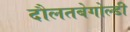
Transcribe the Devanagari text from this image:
दौलतबेगोल्डी